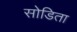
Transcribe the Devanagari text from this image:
सोडिता